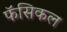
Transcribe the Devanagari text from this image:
फॅसिकल